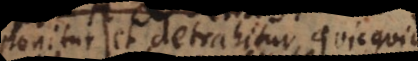
ponitur et detrahitur, quicquid